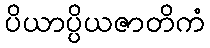
ပိယာပ္ပိယဇာတိကံ